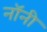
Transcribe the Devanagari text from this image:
नॉनी